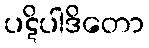
ပဋိပါဒိတော